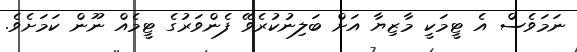
ނަމަވެސް އެ ޓީމަކީ މާޒިޔާ އަށް ބަލިނުކުރެވޭ ފެންވަރުގެ ޓީމެއް ނޫން ކަމަށެވެ.